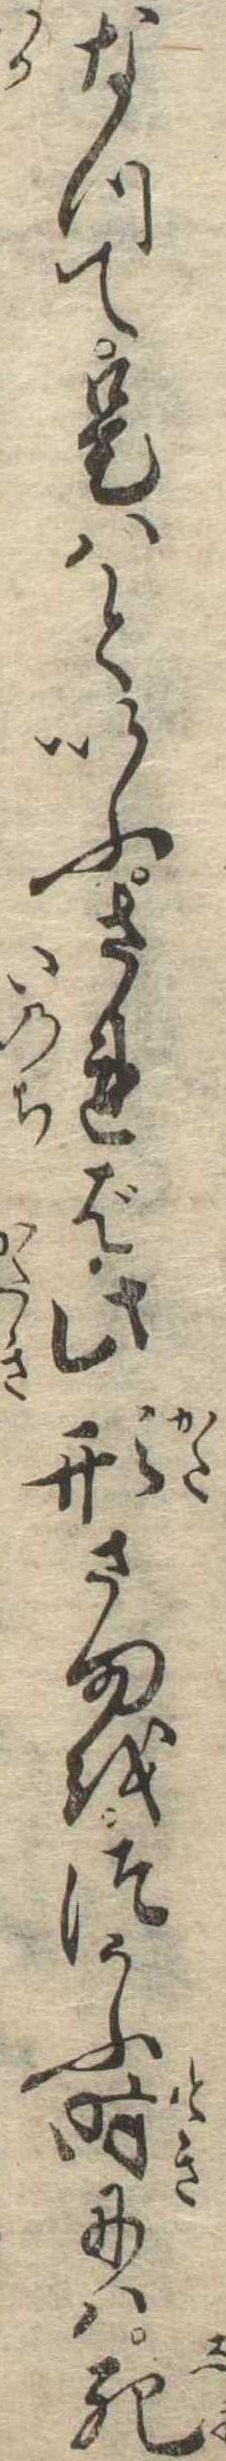
なつて是はといふされば此形さまをつかふ時には死